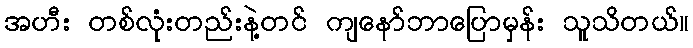
အဟီး တစ်လုံးတည်းနဲ့တင် ကျနော်ဘာပြောမှန်း သူသိတယ်။